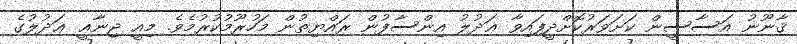
ޤާނޫނު އަސާސީން ކަށަވަރުކޮށްދީފައިވާ ޢަދުލު އިންސާފުން ރައްޔިތުން މަހުރޫމުކުރުމެވެ. މިއީ ޖިނާޢީ ޢަދުލުގެ